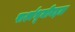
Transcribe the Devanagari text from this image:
पार्श्वभूमीबद्दल